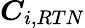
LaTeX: \boldsymbol{C}_{i,RTN}